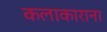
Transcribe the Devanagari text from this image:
कलाकाराना